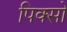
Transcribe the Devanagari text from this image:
पिक्सो